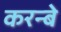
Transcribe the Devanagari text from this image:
करन्बे